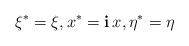
LaTeX: \begin{align*} \xi^* = \xi, x^* = {\bf i} \,x, \eta^* = \eta\end{align*}